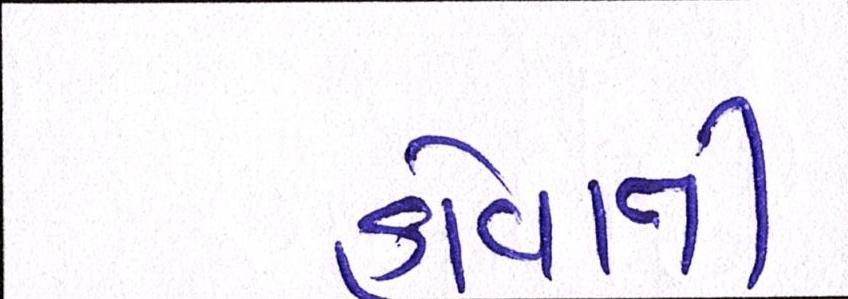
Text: હોવાની